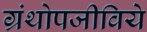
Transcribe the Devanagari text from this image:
ग्रंथोपजीविये